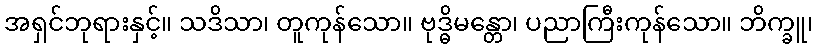
အရှင်ဘုရားနှင့်။ သဒိသာ၊ တူကုန်သော။ ဗုဒ္ဓိမန္တော၊ ပညာကြီးကုန်သော။ ဘိက္ခူ၊